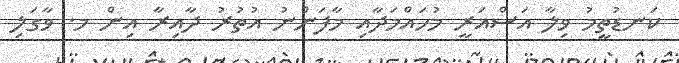
ކަނޑުތީމު ވިލާ އަސްޣަރީ މުހައްމަދާއި މާފަންނު އުތުރު ދާއިރާ އިން މ. ވާގަލި